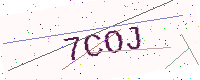
Text: 7COJ